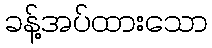
ခန့်အပ်ထားသော